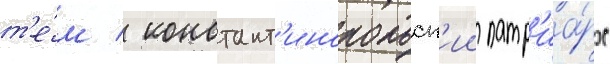
т'е́м / констант'инопольск'ии патр'иа́рх